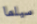
سيلما